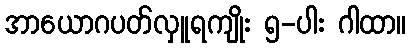
အာယောဂပတ်လှူရကျိုး ၅-ပါး ဂါထာ။